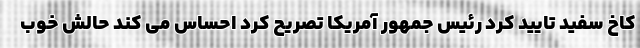
کاخ سفید تایید کرد رئیس جمهور آمریکا تصریح کرد احساس می کند حالش خوب